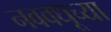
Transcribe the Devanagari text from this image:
नववधूच्या